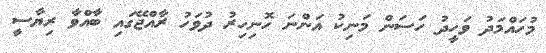
މުހައްމަދު ވަހީދު ހަސަން މަނިކު އަންނަ ހޮނިހިރު ދުވަހު ރާއްޖޭގައި ބާއްވާ ރިޔާސީ